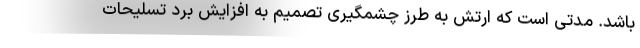
باشد. مدتی است که ارتش به طرز چشمگیری تصمیم به افزایش برد تسلیحات